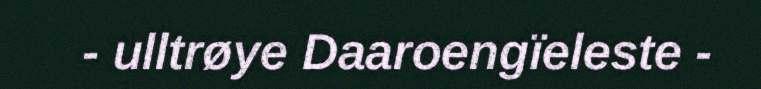
- ulltrøye Daaroengïeleste -